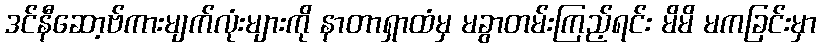
ဒင်နီဆော့ဗ်ကားမျက်လုံးများကို နာတာရှာထံမှ မခွာတမ်းကြည့်ရင်း မိမိ မကခြင်းမှာ